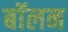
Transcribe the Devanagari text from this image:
बॉलन